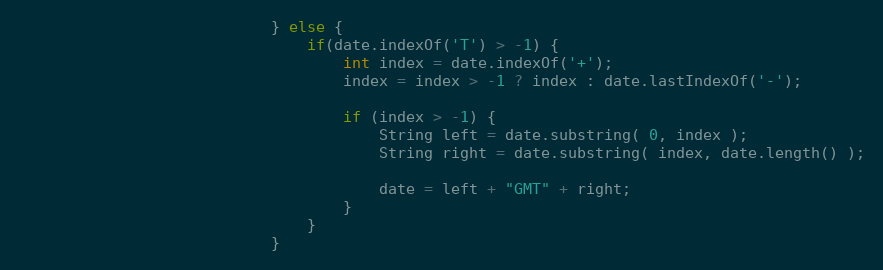
Language: Java
							} else {
								if(date.indexOf('T') > -1) {
									int index = date.indexOf('+');
									index = index > -1 ? index : date.lastIndexOf('-');

									if (index > -1) {
										String left = date.substring( 0, index );
										String right = date.substring( index, date.length() );

										date = left + "GMT" + right;
									}
								}
							}